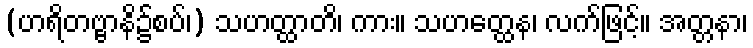
(ဟရိတဗ္ဗာနိ၌စပ်၊) သဟတ္ထာတိ၊ ကား။ သဟတ္ထေန၊ လက်ဖြင့်။ အတ္တနာ၊